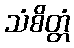
သံစိတ္တံ